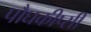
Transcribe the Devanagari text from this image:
पौघकीप्सी